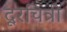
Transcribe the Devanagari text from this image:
दूरचित्री